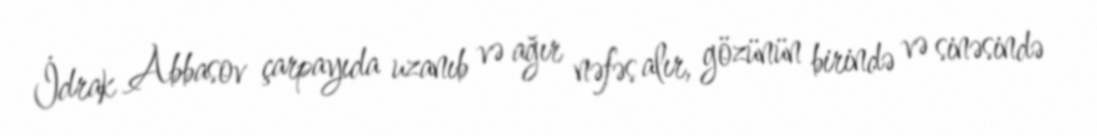
İdrak Abbasov çarpayıda uzanıb və ağır nəfəs alır, gözünün birində və sinəsində